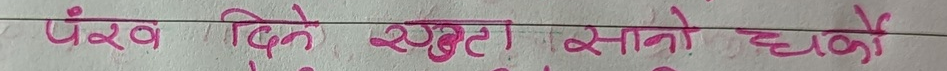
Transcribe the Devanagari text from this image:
पंख दिने खुल्ला सानो चर्को